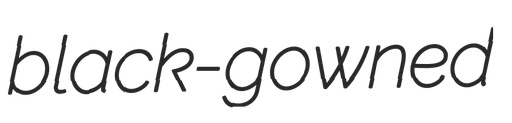
black-gowned